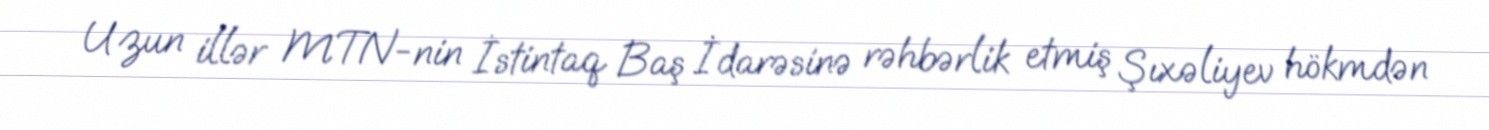
Uzun illər MTN-nin İstintaq Baş İdarəsinə rəhbərlik etmiş Şıxəliyev hökmdən